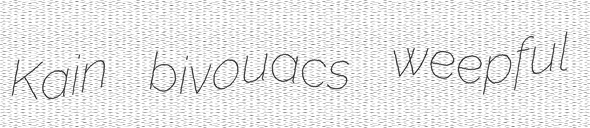
Kain bivouacs weepful